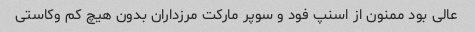
عالی بود ممنون از اسنپ فود و سوپر مارکت مرزداران بدون هیچ کم وکاستی